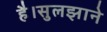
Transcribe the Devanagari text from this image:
है।सुलझाने